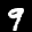
Label: 9